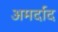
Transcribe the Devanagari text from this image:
अमर्दाद